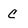
Character: C